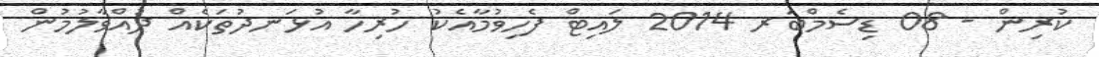
ކުރިން - 08 ޑިސެމްބަރ 2014 ލައިޓް ފެހިވުމާއެކު ހުރިހާ އުޅަނދުތަކެއް ދުއްވާލުމުން